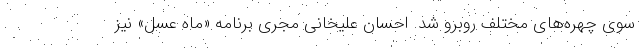
سوی چهره‌های مختلف روبرو شد. احسان علیخانی مجری برنامه «ماه عسل» نیز